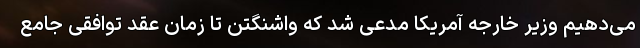
می‌دهیم وزیر خارجه آمریکا مدعی شد که واشنگتن تا زمان عقد توافقی جامع